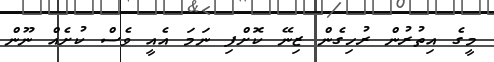
މީގެ އިތުރުން ރުހިގެން ޒިނޭ ކޮށްފި ނަމަ އެއީ ވެސް ކުށެއް ނޫން